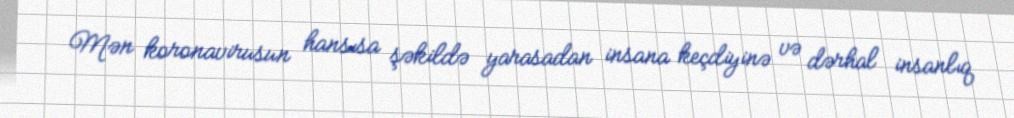
Mən koronavirusun hansısa şəkildə yarasadan insana keçdiyinə və dərhal insanlıq